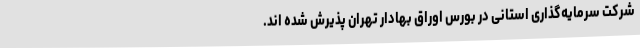
شرکت سرمایه‌گذاری استانی در بورس اوراق بهادار تهران پذیرش شده اند.